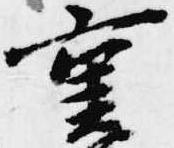
重